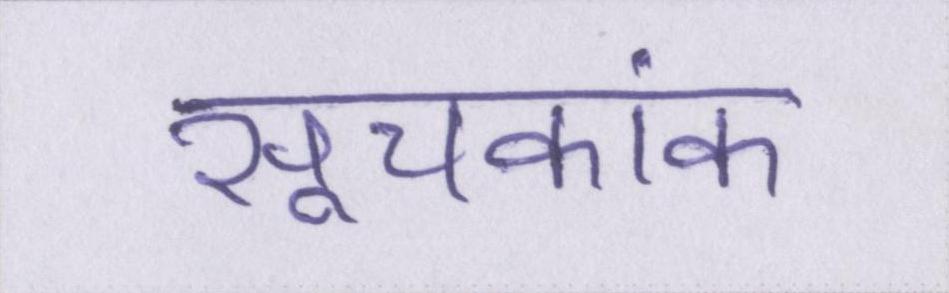
सूचकांक